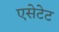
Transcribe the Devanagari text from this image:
एसेटेट